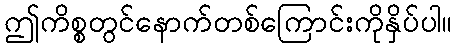
ဤကိစ္စတွင်နောက်တစ်ကြောင်းကိုနှိပ်ပါ။